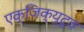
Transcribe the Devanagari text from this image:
एक्जिक्युटूव